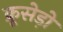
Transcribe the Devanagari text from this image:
क्रूसेड़ों